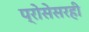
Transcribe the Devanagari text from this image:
प्रोसेसरही